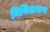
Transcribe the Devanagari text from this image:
मिथिलाखण्ड